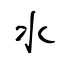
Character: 氺